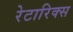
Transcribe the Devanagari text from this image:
रेटारिक्स